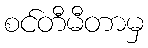
စင်တီမီတာမှ